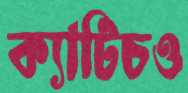
ক্যাটিচও